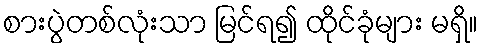
စားပွဲတစ်လုံးသာ မြင်ရ၍ ထိုင်ခုံများ မရှိ။